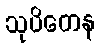
သုပိတေန